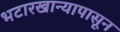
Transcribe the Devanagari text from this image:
भटारखान्यापासून